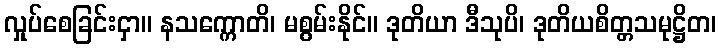
လှုပ်စေခြင်းငှာ။ နသက္ကောတိ၊ မစွမ်းနိုင်။ ဒုတိယာ ဒီသုပိ၊ ဒုတိယစိတ္တသမုဋ္ဌိတ၊